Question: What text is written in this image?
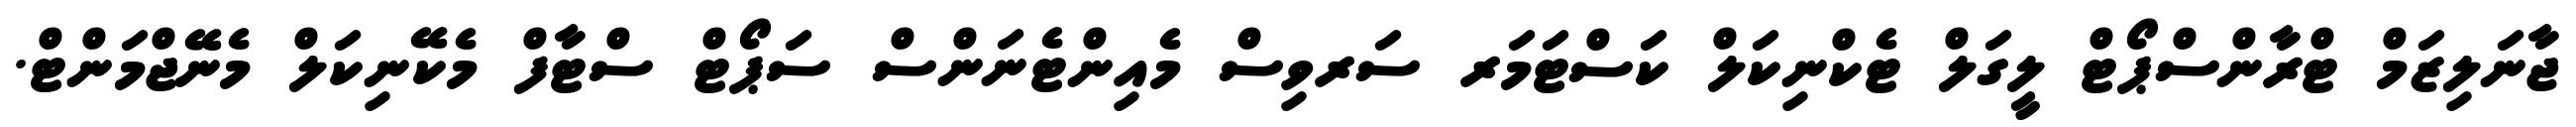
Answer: ޖާނަލިޒަމް ޓްރާންސްޕޯޓް ލީގަލް ޓެކްނިކަލް ކަސްޓަމަރ ސަރވިސް މެއިންޓެނަންސް ސަޕޯޓް ސްޓާފް މެކޭނިކަލް މެނޭޖްމަންޓް.